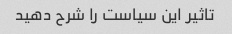
تاثیر این سیاست را شرح دهید